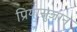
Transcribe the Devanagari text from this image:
प्रियासुजान